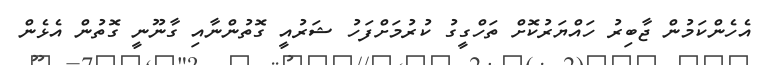
އެހެންކަމުން ޖާބިރު ހައްޔަރުކޮށް ތަހްގީގު ކުރުމަށްފަހު ޝަރުއީ ގޮތުންނާއި ގާނޫނީ ގޮތުން އެޅެން